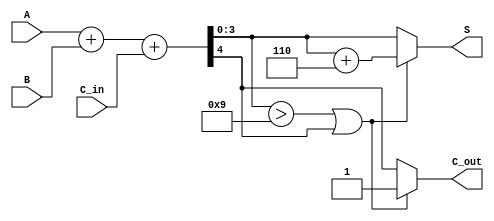
module BCD_Fast_Adder (
    input  wire [3:0] A,      // First BCD digit
    input  wire [3:0] B,      // Second BCD digit
    input  wire C_in,         // Carry-in
    output reg  [3:0] S,      // BCD sum
    output reg  C_out         // Carry-out
);

    wire [4:0] Sum;           // 5-bit sum to accommodate carry
    wire correction_needed;    // Signal to indicate if correction is needed

    // Step 1: Perform binary addition
    assign Sum = A + B + C_in;

    // Step 2: Determine if correction is needed
    assign correction_needed = (Sum[3:0] > 9) || (Sum[4] == 1);

    // Step 3: Calculate the final BCD sum
    always @(*) begin
        if (correction_needed) begin
            S = Sum[3:0] + 4'b0110; // Add 6 for correction
            C_out = 1;              // Set carry-out if correction is applied
        end else begin
            S = Sum[3:0];           // No correction needed
            C_out = Sum[4];        // Carry-out from the addition
        end
    end

endmodule